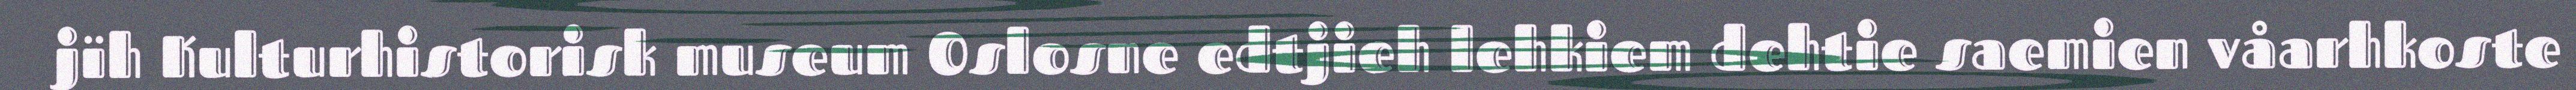
jïh Kulturhistorisk museum Oslosne edtjieh lehkiem dehtie saemien våarhkoste